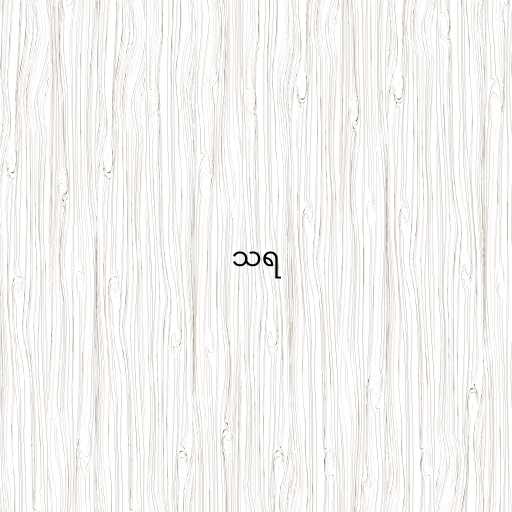
သရ